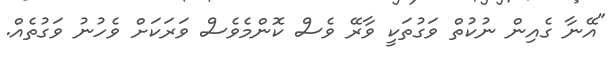
"އޭނާ ގެއިން ނުކުތް ވަގުތަކީ ވާރޭ ވެސް ކޮންމެވެސް ވަރަކަށް ވެހުނު ވަގުތެއް.